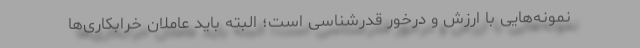
نمونه‌هایی با ارزش و درخور قدرشناسی است؛ البته باید عاملان خرابکاری‌ها